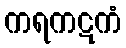
ကရကဋကံ